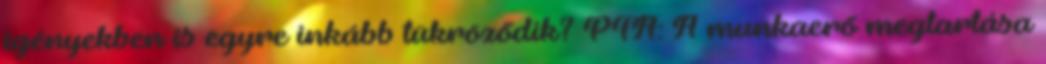
igényekben is egyre inkább tükröződik? PTA: A munkaerő megtartása